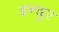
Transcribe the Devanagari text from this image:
इन्दुर